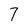
Character: 7